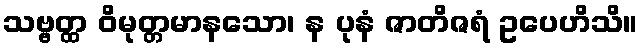
သဗ္ဗတ္ထ ဝိမုတ္တမာနသော၊ န ပုနံ ဇာတိဇရံ ဥပေဟိသိ။